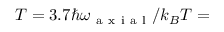
T = 3 . 7 \hbar \omega _ { \mathrm { ~ a ~ x ~ i ~ a ~ l ~ } } / k _ { B } T =